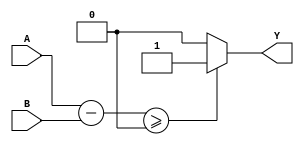
module greater_than_or_equal (
    input [7:0] A,
    input [7:0] B,
    output Y
);

wire [7:0] difference;

assign difference = A - B;

assign Y = (difference >= 0) ? 1'b1 : 1'b0;

endmodule